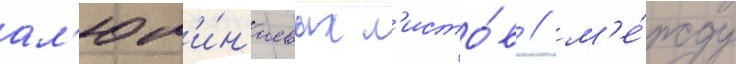
ал'юм'и́н'иевых л'исто́в / м'е́жду